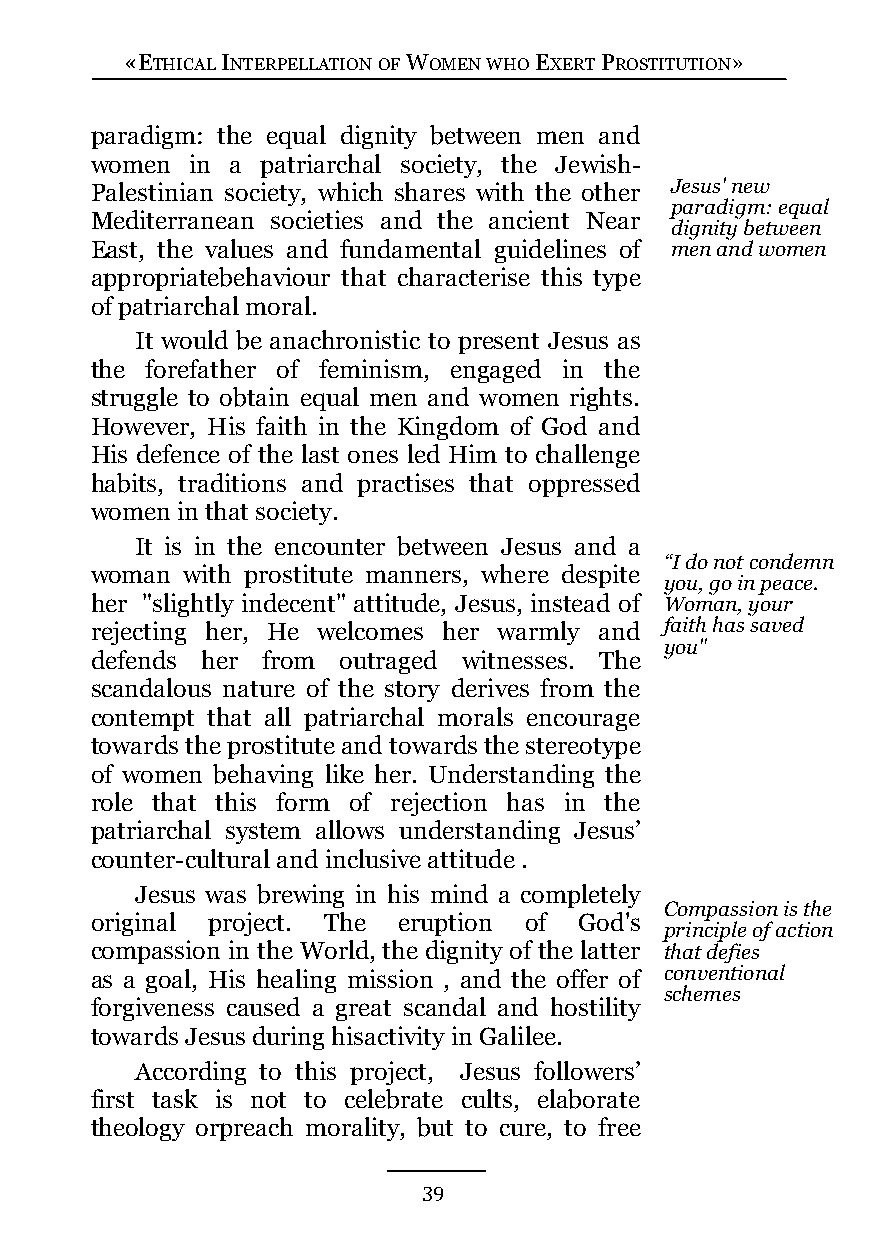
«ETHICAL INTERPELLATION OF WOMEN WHO EXERT PROSTITUTION»
 paradigm: the equal dignity between men and
 women  in a patriarchal society, the Jewish-
 Palestinian society, which shares with the other Jesus' new
 paradigm: equal
 Mediterranean societies and the ancient Near
 dignity between
 East, the values and fundamental guidelines of men and women
 appropriatebehaviour that characterise this type
 of patriarchal moral.
 It would be anachronistic to present Jesus as
 the forefather of feminism, engaged in the
 struggle to obtain equal men and women rights.
 However, His faith in the Kingdom of God and
 His defence of the last ones led Him to challenge
 habits, traditions and practises that oppressed
 women in that society.
 It is in the encounter between Jesus and a
 “I do not condemn
 woman with prostitute manners, where despite
 you, go in peace.
 her "slightly indecent" attitude, Jesus, instead of Woman, your
 rejecting her, He welcomes her warmly and faith has saved
 you"
 defends her from outraged witnesses. The
 scandalous nature of the story derives from the
 contempt that all patriarchal morals encourage
 towards the prostitute and towards the stereotype
 of women behaving like her. Understanding the
 role that this form of rejection has in the
 patriarchal system allows understanding Jesus’
 counter-cultural and inclusive attitude .
 Jesus was brewing in his mind a completely
 Compassion is the
 original project. The eruption of God's
 principle of action
 compassion in the World, the dignity of the latter that defies
 as a goal, His healing mission , and the offer of conventional
 schemes
 forgiveness caused a great scandal and hostility
 towards Jesus during hisactivity in Galilee.
 According to this project, Jesus followers’
 first task is not to celebrate cults, elaborate
 theology orpreach morality, but to cure, to free
 39